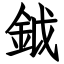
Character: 鉞